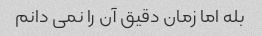
بله اما زمان دقیق آن را نمی دانم